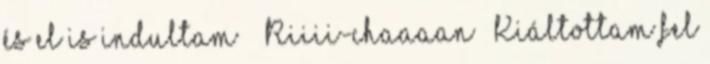
és el is indultam ^^ Riiii-chaaaan – Kiáltottam fel